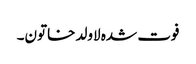
فوت شدہ لاولد خاتون۔